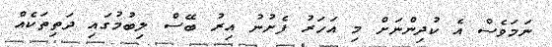
ނަމަވެސް އެ ކުދިންނަށް މި އަހަރު ފެށުނު އިރު ބޭސް ލިބުމުގައި ދަތިތަކެއް